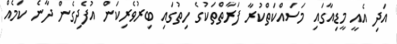
އަދި އެއީ މީޑިއާގައި މަސައްކަތްކުރާ ފަރާތްތަކުގެ ހިތުގައި ބިރުވެރިކަން އުފެދިގެން ދާނެ ކަމެއް